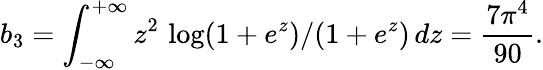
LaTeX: b_{3}=\int_{-\infty}^{+\infty}z^{2}\, \log(1+e^{z})/(1+e^{z})\, dz=\frac{7\pi^{4}}{90}.